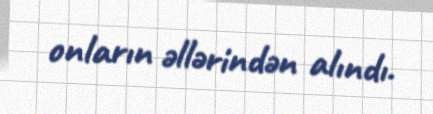
onların əllərindən alındı.